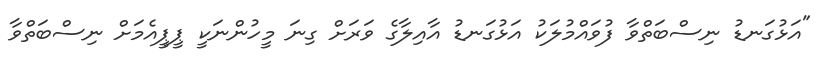
"އަޅުގަނޑު ނިސްބަތްވާ ފުވައްމުލަކު އަޅުގަނޑު އާއިލާގެ ވަރަށް ގިނަ މީހުންނަކީ ޕީޕީއެމަށް ނިސްބަތްވާ